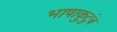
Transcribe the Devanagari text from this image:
भाषाकुटुंब